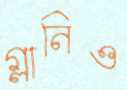
গ্লানিও